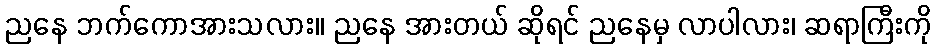
ညနေ ဘက်ကောအားသလား။ ညနေ အားတယ် ဆိုရင် ညနေမှ လာပါလား၊ ဆရာကြီးကို